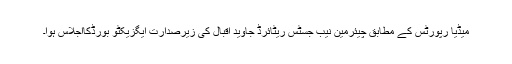
میڈیا رپورٹس کے مطابق چیئرمین نیب جسٹس ریٹائرڈ جاوید اقبال کی زیرصدارت ایگزیکٹو بورڈکااجلاس ہوا۔